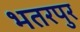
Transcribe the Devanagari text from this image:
भतरपुर